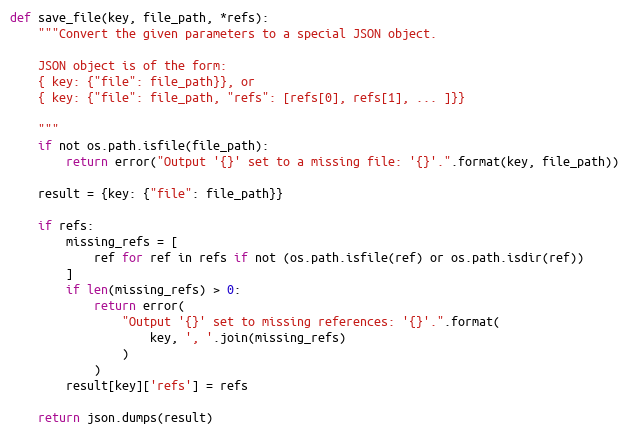
Language: Python
def save_file(key, file_path, *refs):
    """Convert the given parameters to a special JSON object.

    JSON object is of the form:
    { key: {"file": file_path}}, or
    { key: {"file": file_path, "refs": [refs[0], refs[1], ... ]}}

    """
    if not os.path.isfile(file_path):
        return error("Output '{}' set to a missing file: '{}'.".format(key, file_path))

    result = {key: {"file": file_path}}

    if refs:
        missing_refs = [
            ref for ref in refs if not (os.path.isfile(ref) or os.path.isdir(ref))
        ]
        if len(missing_refs) > 0:
            return error(
                "Output '{}' set to missing references: '{}'.".format(
                    key, ', '.join(missing_refs)
                )
            )
        result[key]['refs'] = refs

    return json.dumps(result)